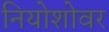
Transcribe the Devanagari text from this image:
नियोशोवर